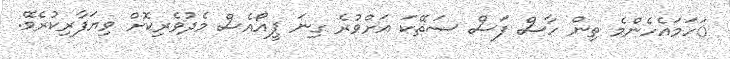
ަހަމައެހެންމެ ތިން ހާސް ފަސް ސަތޭކަ އަށްވުރެ ގިނަ ޕީއޯއެސް މެދުވެރިކޮށް ވިޔަފާރިކުރެވޭ.